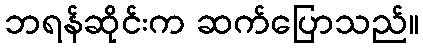
ဘရန်ဆိုင်းက ဆက်ပြောသည်။